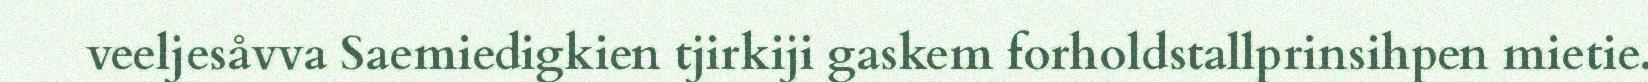
veeljesåvva Saemiedigkien tjirkiji gaskem forholdstallprinsihpen mietie.